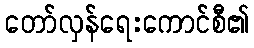
တော်လှန်ရေးကောင်စီ၏